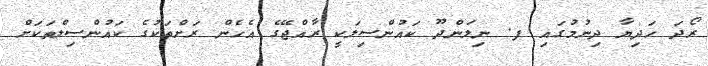
ރޯދަ ހަދިޔާ ދިނުމުގައި ފ. ނިލަންދޫ ކައުންސިލަކީ ރާއްޖޭގެ އެހެން ރަށްތަކުގެ ކައުންސިލްތަކަށް